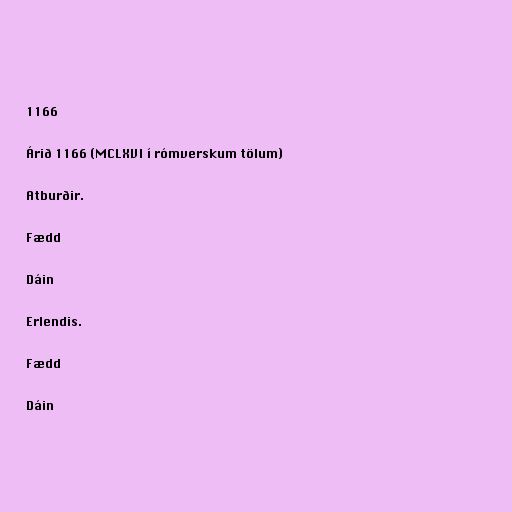
1166

Árið 1166 (MCLXVI í rómverskum tölum)

Atburðir.

Fædd

Dáin

Erlendis.

Fædd

Dáin